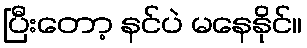
ပြီးတော့ နင်ပဲ မနေနိုင်။